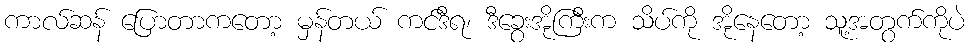
ကာလ်ဆန် ပြောတာကတော့ မှန်တယ် ကင်ဒီရ၊ ဒီခွေးအိုကြီးက သိပ်ကို အိုနေတော့ သူ့အတွက်ကိုပဲ